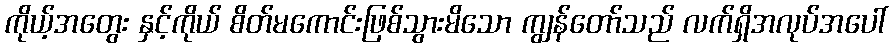
ကိုယ့်အတွေး နှင့်ကိုယ် စိတ်မကောင်းဖြစ်သွားမိသော ကျွန်တော်သည် လက်ရှိအလုပ်အပေါ်